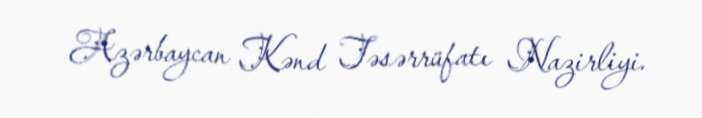
Azərbaycan Kənd Təsərrüfatı Nazirliyi.